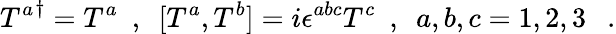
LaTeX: {T^{a}}^{\dagger}=T^{a}\ \ ,\ \ [T^{a},T^{b}]=i\epsilon^{abc}T^{c}\ \ ,\ \ a,b,c=1,2,3\ \ \ .